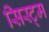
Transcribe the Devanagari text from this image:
सिस्ट्म